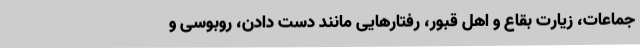
جماعات، زیارت بقاع و اهل قبور، رفتارهایی مانند دست دادن، روبوسی و